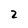
Character: 2